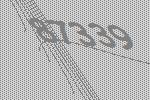
87339